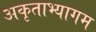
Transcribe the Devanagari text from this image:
अकृताभ्यागम